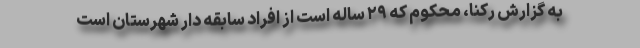
به گزارش رکنا، محکوم که ۲۹ ساله است از افراد سابقه دار شهرستان است